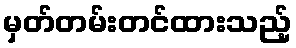
မှတ်တမ်းတင်ထားသည့်